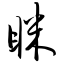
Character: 眯